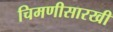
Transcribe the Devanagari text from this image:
चिमणीसारखी